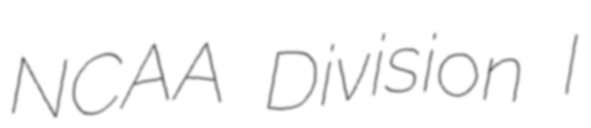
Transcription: NCAA Division I